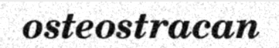
osteostracan